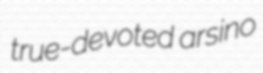
true-devoted arsino